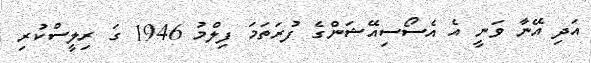
އަދި އޭނާ ވަނީ އެ އެސޯސިއޭޝަންގެ ފުރަތަމަ ފިލްމު 1946 ގަ ރިލީސްކުރި